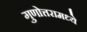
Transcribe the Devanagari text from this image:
गुणोत्तरामध्ये